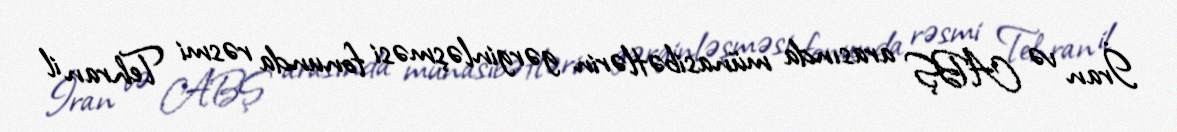
İran və ABŞ arasında münasibətlərin gərginləşməsi fonunda rəsmi Tehran il